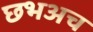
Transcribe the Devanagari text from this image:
छभअच